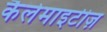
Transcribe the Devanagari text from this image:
कैलेमाइटीज़